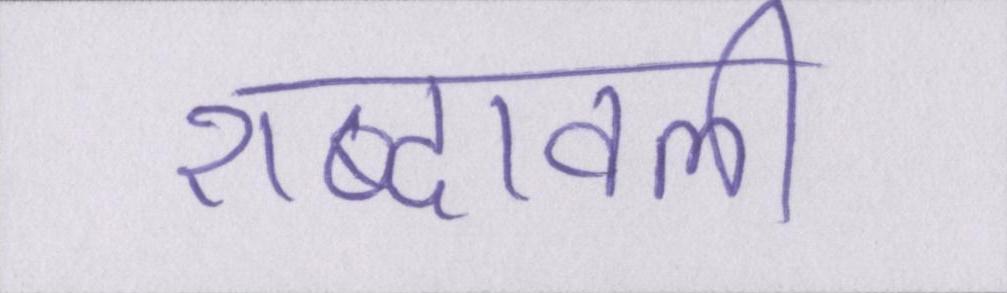
शब्दावली